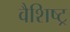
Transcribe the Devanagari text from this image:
वैशिष्ट्र